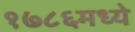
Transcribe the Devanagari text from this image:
१७८६मध्ये